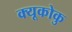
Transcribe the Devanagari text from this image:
क्यूकोकु